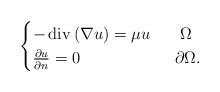
LaTeX: \begin{align*}\begin{cases}-\operatorname{div}\left(\nabla u\right)=\mu u& \,\,\,\,\,\Omega\\ \frac{\partial u}{\partial n}=0& \,\,\,\partial\Omega.\end{cases}\end{align*}